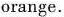
orange.